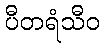
ပီတရံသီဝ